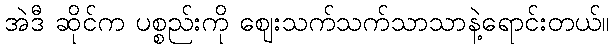
အဲဒီ ဆိုင်က ပစ္စည်းကို ဈေးသက်သက်သာသာနဲ့ရောင်းတယ်။